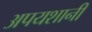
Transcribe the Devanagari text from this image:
अपयशानी